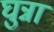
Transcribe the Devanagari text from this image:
घुन्ना